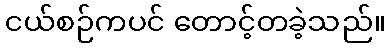
ငယ်စဉ်ကပင် တောင့်တခဲ့သည်။